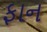
ફાન